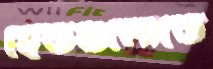
হেডগুলোতে